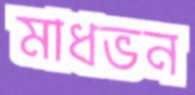
মাধভন